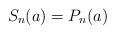
LaTeX: \begin{align*} S_n(a)=P_n(a)\end{align*}